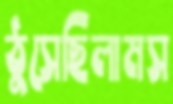
ঠুসেছিলামস